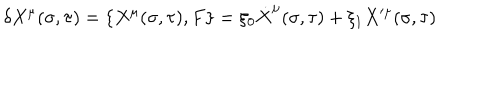
LaTeX: \delta X ^ { \mu } ( \sigma , \tau ) = { \lbrace X ^ { \mu } ( \sigma , \tau ) , F \rbrace } = \xi _ { 0 } \dot { X } ^ { \mu } ( \sigma , \tau ) + \xi _ { 1 } X ^ { \mu } ( \sigma , \tau )